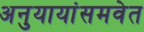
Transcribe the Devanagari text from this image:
अनुयायांसमवेत